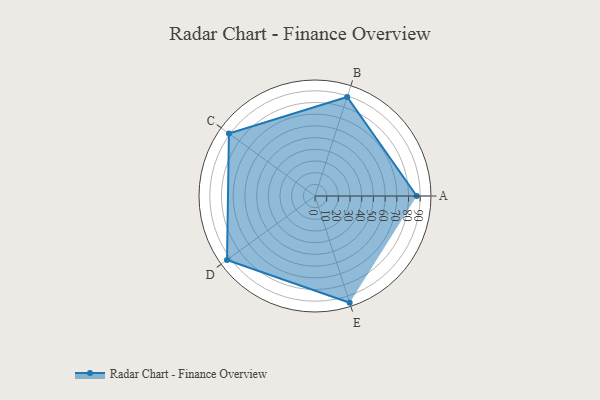
{"axis": {"x": "Skill", "y": "Score"}, "legend": ["Profile"], "data": [{"x": "A", "y": 87.0, "type": "Profile"}, {"x": "B", "y": 89.0, "type": "Profile"}, {"x": "C", "y": 91.0, "type": "Profile"}, {"x": "D", "y": 93.0, "type": "Profile"}, {"x": "E", "y": 96.0, "type": "Profile"}]}